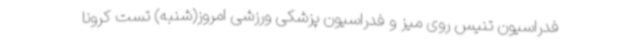
فدراسیون تنیس روی میز و فدراسیون پزشکی ورزشی امروز(شنبه) تست کرونا